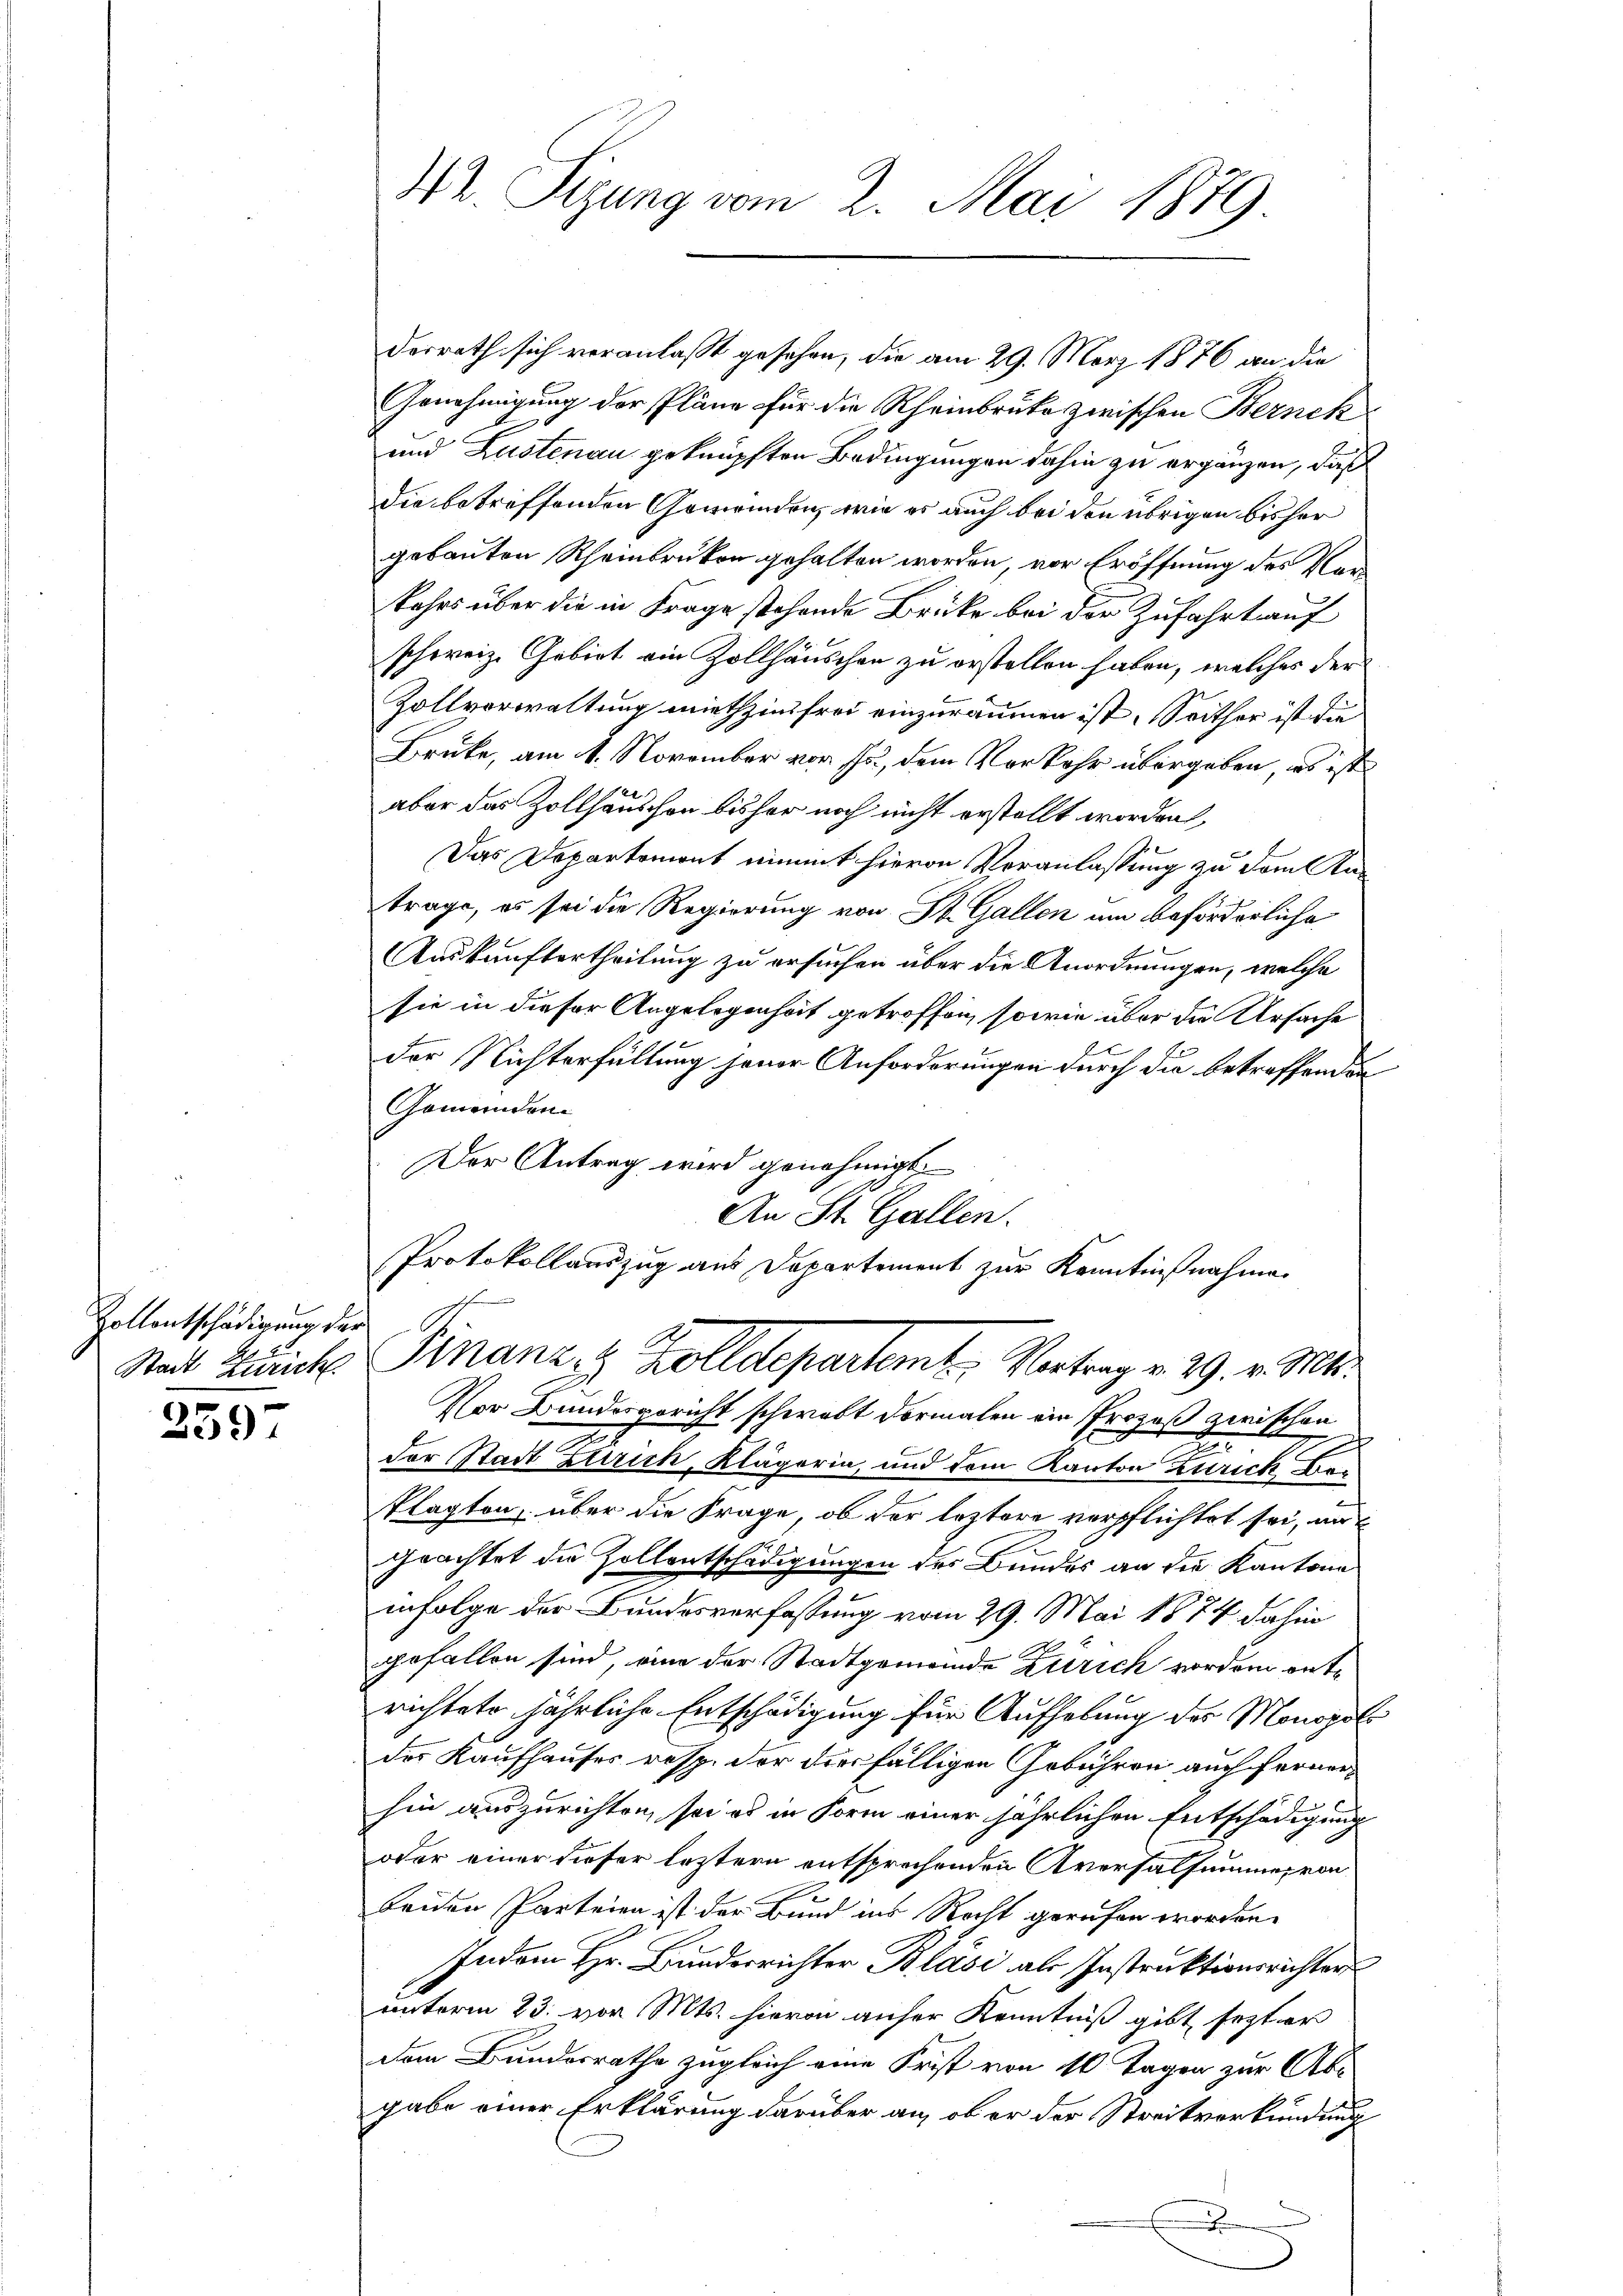
Zollentschädigung der

2597

Dorrath sich veranlaßt gesehen, die am 29. März 1876 an die
Genehmigung der Pläne für die Rheinbruke zwischen Berneh¬
E
und Lustenau geknüpften Bedingungen dahin zu ergänzen, daß
die betreffenden Gemeinden, wie es auch bei den übrigen bisher
gebauten Rheinbruken gehalten worden, vor Eröffnung des Vorkehrs über die in Frage stehende Brücke bei der Zufahrt auf
schweiz. Gebiet ein Zollhäuschen zu erstellen haben, welches der
Zollverwaltung miethzinsfrei einzuräumen ist. Seither ist die
Brüke, am 1. November vor so, dem Verkehr übergeben, es ist
aber das Zollhauschon bisher noch nicht erstellt worden,
Das Departemont nimmt hievon Veranlassung zu dem Antrage, es sei die Regierung von St. Gallen um beförderliche
Auskunftertheilung zu ersuchen über die Anordnungen, welche
sie in dieser Angelegenheit getroffen, sowie über die Ursache
der Nichterfüllung jener Anforderungen durch die betreffenden
Gemeindene
Der Antrag wird genehmigt.
An St. Gallen.
Protokollauszug aus Departement zur Kenntnißnahme
Stadt Zürich Finanz- & Zolldepartemb. Vortrag v. 29. v. Mts.
Vor Bundesgericht schwalt dormalen ein Prozeß zwischen
u
der Stadt Zürich, Klägerin, und dem Kanton Zurick beklagten, über die Frage, ob der leztere verpflichtet sei, au
geachtet die Zollentschädigungen des Bundes an die Kantone
infolge der Bundesverfassung vom 29. Mai 1874 dahin
gefallen sind, eine der Stadtgemeinde Zürich vorden entrichtete jährliche Entschädigung für Aufhebung der Monopol
des Kaufhauses resp. der diesfälligen Gebühren auch ferner
1
¬
hin auszurichten, sei es in Form einer jährlichen Entschädigung
oder einer dieser letztern entsprechenden Aversalsumme von
x
beiden Parteien ist der Bund ins Recht gerufen worden.
Indem Hr. Bunderrichter Blasi als Instruktionsrichter
unterm 23. vor Mts. hievon anher Kenntniß gibt sezter
dem Bundesrathe zugleich eine Frist von 10 Tagen zur Abgabe einer Erklärung darüber an, ob er der Streitverkündung

42. Sizung vom 2. Mai 1879